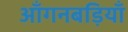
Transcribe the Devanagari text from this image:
आँगनबड़ियाँ